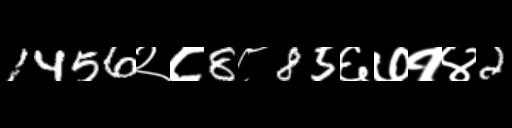
Text: 1456२८8८85६७१४2